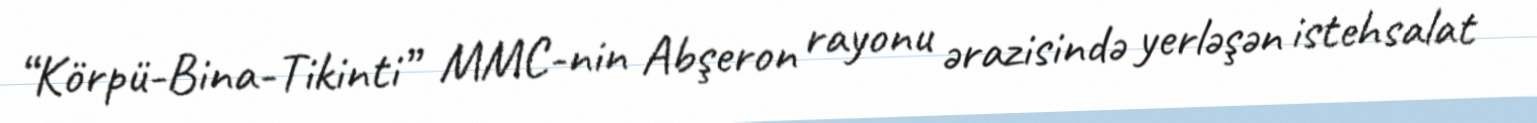
“Körpü-Bina-Tikinti” MMC-nin Abşeron rayonu ərazisində yerləşən istehsalat